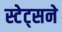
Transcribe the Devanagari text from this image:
स्टेट्सने